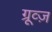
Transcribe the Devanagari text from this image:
ग्रूव्ज़